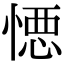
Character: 𭞋